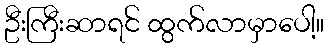
ဦးကြီးဆာရင် ထွက်လာမှာပေါ့။